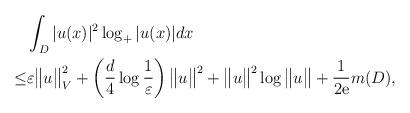
LaTeX: \begin{align*}& \int_D |u(x)|^2\log_{+}|u(x)| dx \\\leq & \varepsilon \big\|u \big\|_{V}^2 + \left(\frac{d}{4}\log\frac{1}{\varepsilon}\right) \big\|u\big\|^2 + \big\|u\big\|^2\log\big\|u\big\|+ \frac{1}{2\mathrm{e}}m(D) ,\end{align*}